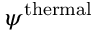
\psi ^ { \mathrm { t h e r m a l } }